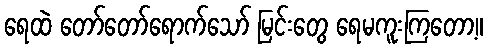
ရေထဲ တော်တော်ရောက်သော် မြင်းတွေ ရေမကူးကြတော့။